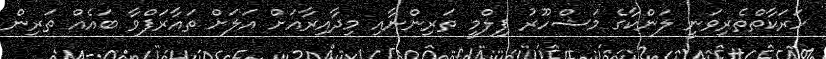
ހަރަކާތްތެރިވަނީ ލަންކާގެ މަޝްހޫރު ފިލްމީ ތަރިންނާއި މިދާއިރާއަށް އަލަށް ތައާރަފްވާ ބައެއް ތަރިން